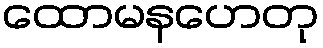
ထောမနဟေတု